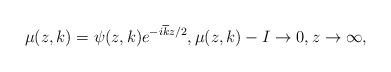
LaTeX: \begin{align*}\mu(z,k) = \psi(z,k)e^{-i\overline{k}z/2}, \mu(z,k) -I \rightarrow 0, z \rightarrow \infty,\end{align*}